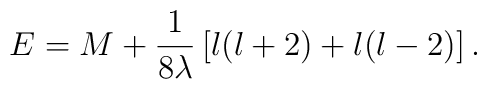
E = M + {1\over 8\lambda} \left\lbrack l(l+2) + l(l-2) \right\rbrack .